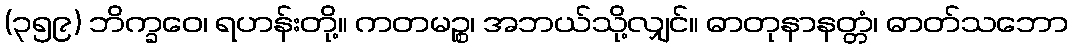
(၃၅၉) ဘိက္ခဝေ၊ ရဟန်းတို့။ ကတမဉ္စ၊ အဘယ်သို့လျှင်။ ဓာတုနာနတ္တံ၊ ဓာတ်သဘော